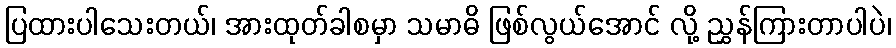
ပြထားပါသေးတယ်၊ အားထုတ်ခါစမှာ သမာဓိ ဖြစ်လွယ်အောင် လို့ ညွှန်ကြားတာပါပဲ၊